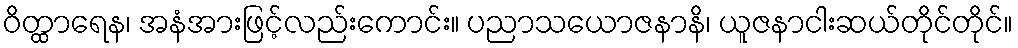
ဝိတ္ထာရေန၊ အနံအားဖြင့်လည်းကောင်း။ ပညာသယောဇနာနိ၊ ယူဇနာငါးဆယ်တိုင်တိုင်။